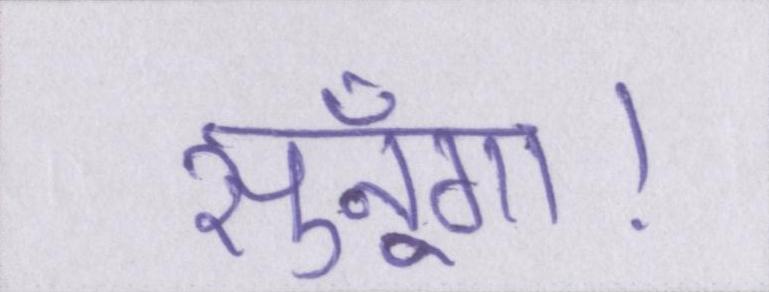
सुनूँगा।